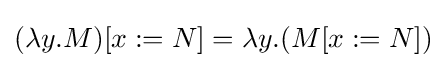
(\lambda y.M)[x:=N]=\lambda y.(M[x:=N])